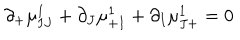
LaTeX: \partial _ { + } \mu _ { I J } ^ { 1 } + \partial _ { J } \mu _ { + I } ^ { 1 } + \partial _ { I } \mu _ { J + } ^ { 1 } = 0